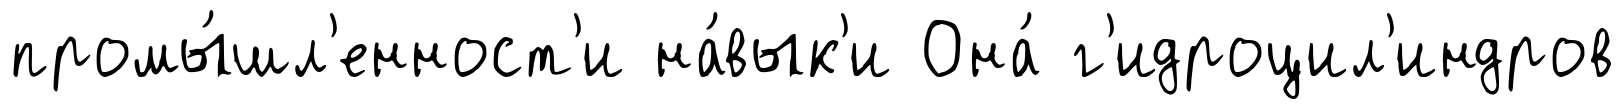
промы́шл'енност'и на́вык'и Она́ г'идроцил'индров